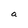
Character: a